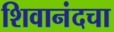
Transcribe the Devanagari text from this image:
शिवानंदचा